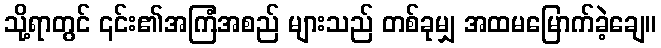
သို့ရာတွင် ၎င်း၏အကြံအစည် များသည် တစ်ခုမျှ အထမမြောက်ခဲ့ချေ။